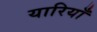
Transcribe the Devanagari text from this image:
यारियाँ